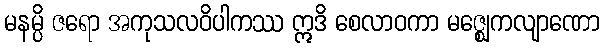
မနမ္ပိ ဇရော အကုသလဝိပါကဿ ဣဒိ စေလာဝကာ မဇ္ဈေကလျာဏော